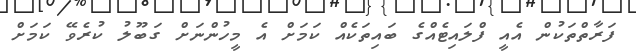
ފަރާތްތަކުން އެއީ ފްލައިޓެއްގެ ބައިތަކެއް ކަމަށް އެ މީހުންނަށް ގަބޫލު ކުރެވޭ ކަމަށް